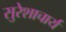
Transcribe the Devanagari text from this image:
सुरेशाचार्य